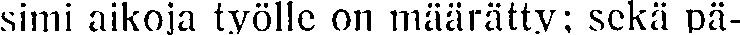
simi aikoja työlle on määrätty; sekä pä-